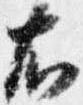
右